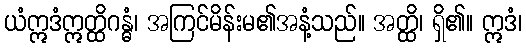
ယံဣဒံဣတ္ထိဂန္ဓံ၊ အကြင်မိန်းမ၏အနံ့သည်။ အတ္ထိ၊ ရှိ၏။ ဣဒံ၊